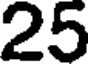
25